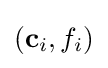
(\mathbf {c} _{i},f_{i})